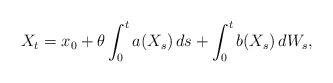
LaTeX: \begin{align*}X_t=x_0+\theta\int_0^ta(X_s)\,ds+\int_0^tb(X_s)\,dW_s,\end{align*}